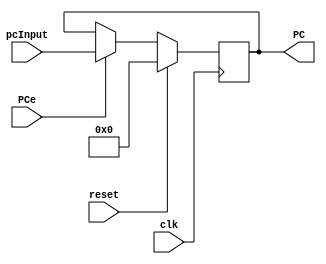
`timescale 1ns / 1ps
//////////////////////////////////////////////////////////////////////////////////
// Company: Rogue Squadron
// 
// Design Name: 
// Module Name:    Program_Counter 
// Project Name: 
// Target Devices: 
// Tool versions: 
// Description: 
//
// Dependencies: 
//
// Revision: 
// Revision 0.01 - File Created
// Additional Comments: 
//
//////////////////////////////////////////////////////////////////////////////////
module Program_Counter(
	 input PCe,
	 input clk,
	 input reset,
	 input [14:0]pcInput,
    output reg  [14:0] PC
    );
	 
	 //wire [14:0] signExtendedBranchOff;
	// wire [14:0] jumpAddrRemoveTopBit = JumpAddr[14:0];
	 
	 
	 
	 always@(posedge clk)
		begin
		if(reset)
			PC <= 0;
		else if(PCe)
			begin
				PC<=pcInput;
			end
		else
			begin 
				PC <= PC;
			end
		end 	
endmodule